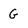
Character: G